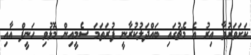
ކަށަވަރުވާ އިރު އެ މެޗުގައި ބައްދަލުކުރާނީ ފުރަތަމަ ސެމީއިން މޮޅުވި ހަނީފް އާއި